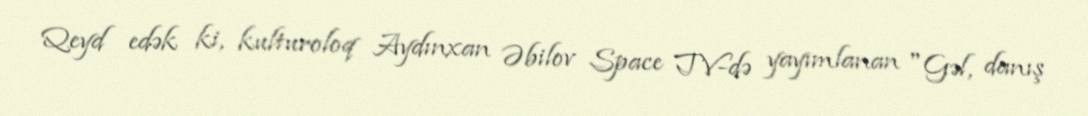
Qeyd edək ki, kulturoloq Aydınxan Əbilov Space TV-də yayımlanan "Gəl, danış